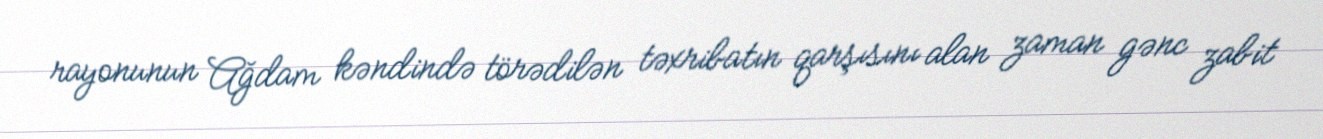
rayonunun Ağdam kəndində törədilən təxribatın qarşısını alan zaman gənc zabit